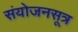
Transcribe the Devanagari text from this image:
संयोजनसूत्र